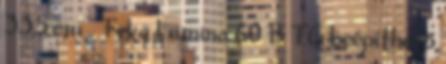
33,5 cm . Teka Lumina 60 B TG beépíthető